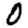
Digit: 0